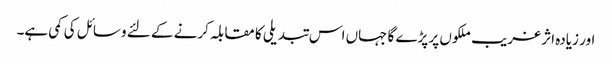
اور زیادہ اثر غریب ملکوں پر پڑے گا جہاں اس تبدیلی کا مقابلہ کرنے کے لئے وسائل کی کمی ہے۔